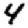
Digit: 4